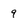
Character: q